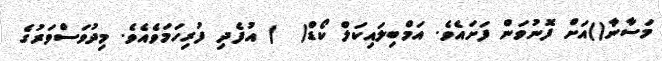
މަސާނާ()އަށް ފޮނުވަން ފަށައެވެ. އަމްބިލައިކަލް ކޯޑް(  ) އުފެދި ފުރިހަމަވެއެވެ. މިދުވަސްވަރުގެ